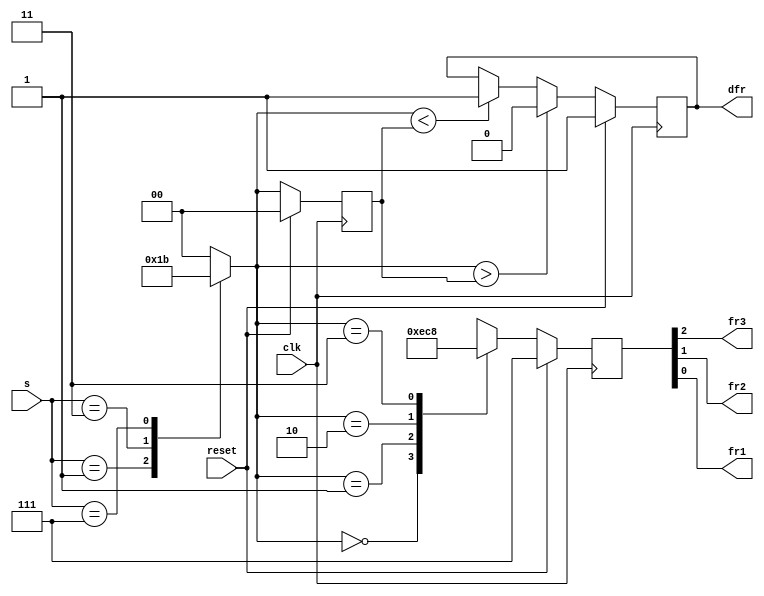
module top_module (
    input clk,
    input reset,
    input [3:1] s,
    output fr3,
    output fr2,
    output fr1,
    output reg dfr
); 
    reg [2:0] out_fr;
    reg [1:0] state, next_state;
    parameter S1=2'b00, S2=2'b01, S3=2'b10, S4=2'b11;
    
    always @(posedge clk) begin
        if(reset) begin
            state <= S1;
            dfr <= 1'b1;
        end
        else begin
            state <= next_state;
            
            if(next_state > state)
                dfr <= 1'b0;
            else if(next_state < state)
                dfr <= 1'b1;
            else
                dfr <= dfr;
        end
    end
    
    always @(*) begin
        case(s)
            3'b000 : next_state <= S1;
            3'b001 : next_state <= S2;
            3'b011 : next_state <= S3;
            3'b111 : next_state <= S4;
			default: next_state <= S1;
        endcase
    end
    
    assign {fr3, fr2, fr1} = out_fr;
    always @(posedge clk) begin
        if(reset)
            out_fr <= 3'b111;
        else begin
            case(next_state)
                S1 : out_fr <= 3'b111;
                S2 : out_fr <= 3'b011;
                S3 : out_fr <= 3'b001;
                S4 : out_fr <= 3'b000;
                default: out_fr <= 3'b111;
            endcase
        end 
    end

endmodule